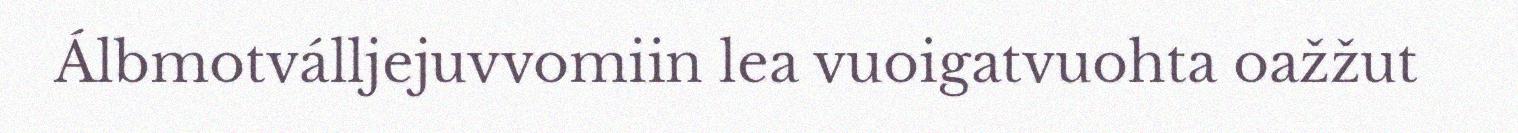
Álbmotválljejuvvomiin lea vuoigatvuohta oažžut